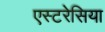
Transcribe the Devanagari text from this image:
एस्टरेसिया